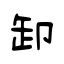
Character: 卸